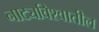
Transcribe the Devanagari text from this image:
नाट्यविश्वातील